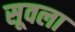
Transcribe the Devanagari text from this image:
सूवला